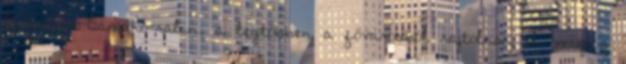
Budapest-Bamako-ralin, a legtöbben a fővárosból rajtolnak el, míg a